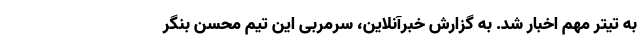
به تیتر مهم اخبار شد. به گزارش خبرآنلاین، سرمربی این تیم محسن بنگر